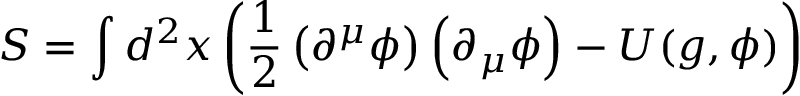
S = \int d ^ { 2 } x \left( \frac { 1 } { 2 } \left( \partial ^ { \mu } \phi \right) \left( \partial _ { \mu } \phi \right) - U ( g , \phi ) \right)